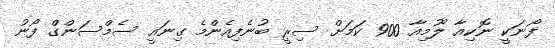
ފޯނަކީ ނޮކިއާ ލޫމިއާ 900 ކަމަށް ސިރީ ބުނެފިއެންމެ ގިނައީ ސެމްސަންގް ފޯނު